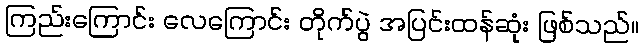
ကြည်းကြောင်း လေကြောင်း တိုက်ပွဲ အပြင်းထန်ဆုံး ဖြစ်သည်။